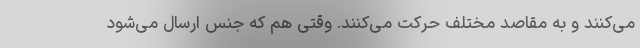
می‌کنند و به مقاصد مختلف حرکت می‌کنند. وقتی هم که جنس ارسال می‌شود